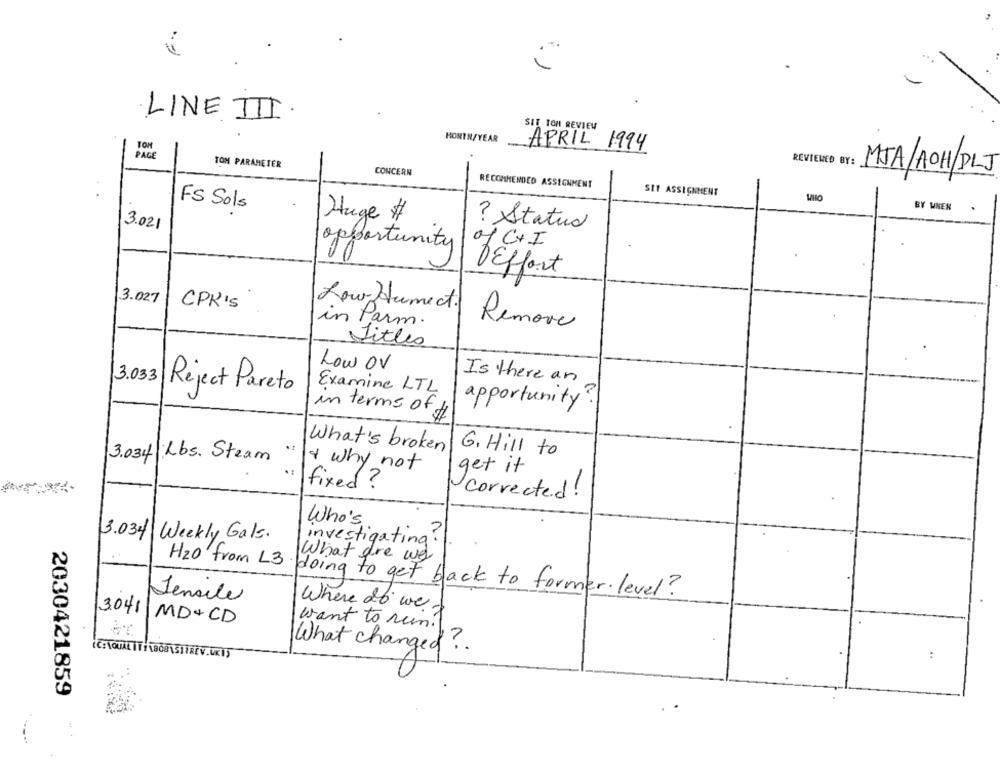
LINE III.
SIT TOH REVIEW
HONIN/YEAR
TON
APRIL 1994
PAGE
REVIEWED BY:
TOM PARAMETER
CONCERN
MTA/ACH/PLJ
RECOMMENDED ASSIGNMENT
SET ASSIGNMENT
FS Sols
BY WNEN .
Huge #
? Status
3.021
opportunity
of C+I
DEffort
3.027
CPR'S
Low Humect.
in Parm.
Remove
Vitles
Low OV
3.033
Is there an
Examine LTL
Reject Pareto
apportunity?
in terms of
3.034 Lbs. Steam
What's broken G. Hill to
& why not
get it
fixed ?
corrected !
Who's
3.034 Weekly Gals.
investigating?
What are we
H2o from L3
doing to get back to former level?
Jensile
3041
MD+CD
Where do we.I
want to remil
What changed?
:
2030421859